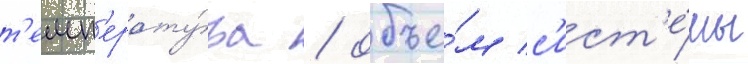
т'емп'ерату́ра / объе́м с'ист'е́мы